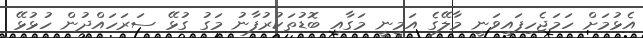
އެޅުމަށް ހަމަޖެހިފައިވަނީ މާލޭގެ އަމީނީ މަގާއި ބޮޑުތަކުރުފާނު މަގު ގުޅޭ ސަރަހައްދުން ހުޅުޅޭ